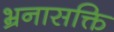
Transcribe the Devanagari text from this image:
भ्रनासक्ति